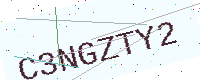
Text: C3NGZTY2